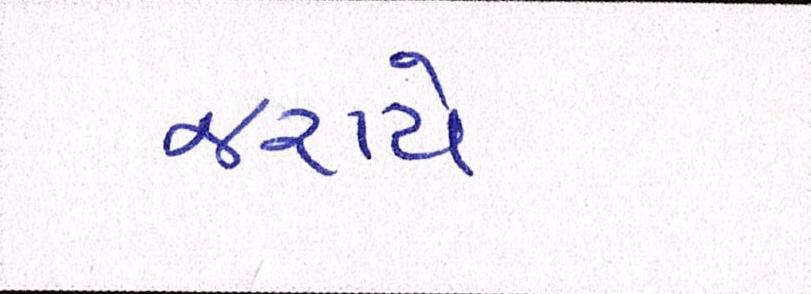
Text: જરાયે